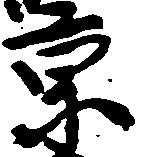
京